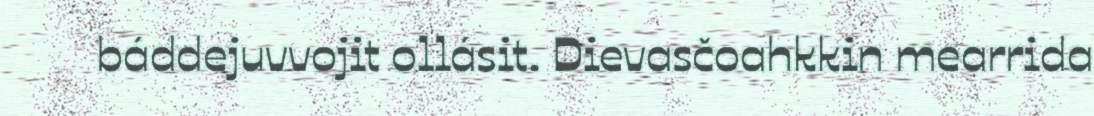
báddejuvvojit ollásit. Dievasčoahkkin mearrida